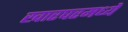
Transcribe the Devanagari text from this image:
खारघरमध्ये